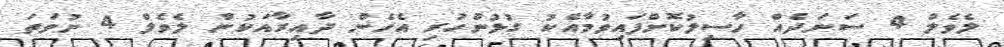
ލެވެލް 4 ސަނަދެއް ހާސިލުކޮށްފައިވުމާއެކު ގުޅުންހުރި އެހެން ދާއިރާއަކުން ލެވެލް 4 ނުވަތަ